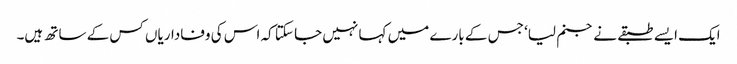
ایک ایسے طبقے نے جنم لیا‘ جس کے بارے میں کہا نہیں جا سکتا کہ اس کی وفاداریاں کس کے ساتھ ہیں۔